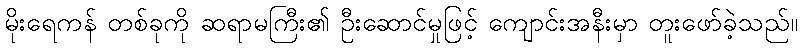
မိုးရေကန် တစ်ခုကို ဆရာမကြီး၏ ဦးဆောင်မှုဖြင့် ကျောင်းအနီးမှာ တူးဖော်ခဲ့သည်။